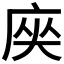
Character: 𭙟